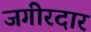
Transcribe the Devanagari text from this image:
जगीरदार